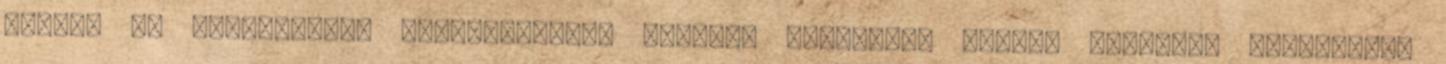
rövid- és hosszú-távú párválasztási taktika nemenként eltérő formában valósulhat